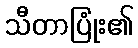
သီတာပြုံး၏